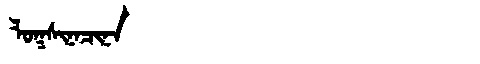
Manchu: ᠯᠣᡴᠰᡳᠨᠠᠴᡳᠨᠠ
Romanization: LOKSINACINA